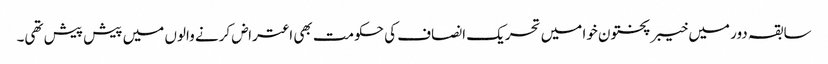
سابقہ دور میں خیبر پختون خوا میں تحریک انصاف کی حکومت بھی اعتراض کرنے والوں میں پیش پیش تھی۔